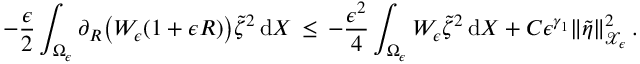
- \frac { \epsilon } { 2 } \int _ { \Omega _ { \epsilon } } \partial _ { R } \bigl ( W _ { \epsilon } ( 1 + \epsilon R ) \bigr ) \tilde { \zeta } ^ { 2 } \, \mathrm { d } X \, \le \, - \frac { \epsilon ^ { 2 } } { 4 } \int _ { \Omega _ { \epsilon } } W _ { \epsilon } \tilde { \zeta } ^ { 2 } \, \mathrm { d } X + C \epsilon ^ { \gamma _ { 1 } } \| \tilde { \eta } \| _ { \mathcal { X } _ { \epsilon } } ^ { 2 } \, .